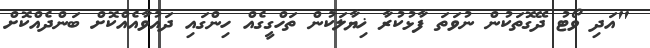
"އަދި ވޯޓު ދޭގޮތަކުން ނުވަތަ ފާޅުކުރާ ޚިޔާލަކުން ތަހްގީގެއް ހިންގައި ދައުވާއެއްކޮށް ބަންދެއްކޮށް